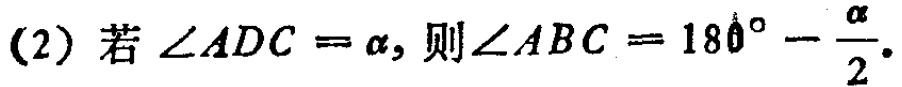
(2) 若\(\angle ADC = \alpha\)，则\(\angle ABC = 180^{\circ}-\frac{\alpha}{2}\)。